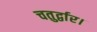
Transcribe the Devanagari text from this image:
चतुर्द्वार।